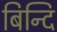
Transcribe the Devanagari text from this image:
बिन्दि